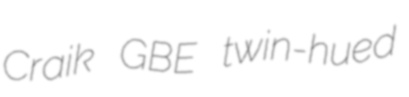
Craik GBE twin-hued